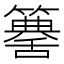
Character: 𥵶